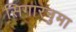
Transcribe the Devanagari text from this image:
सिगारनुमा